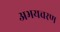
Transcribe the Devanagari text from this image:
अभयचरण